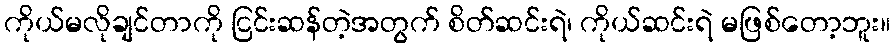
ကိုယ်မလိုချင်တာကို ငြင်းဆန်တဲ့အတွက် စိတ်ဆင်းရဲ၊ ကိုယ်ဆင်းရဲ မဖြစ်တော့ဘူး။